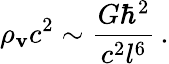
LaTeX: \rho_{\mathbf{v}}c^{2}\sim\frac{{G\hbar^{2}}}{{c^{2}l^{6}}}\, .